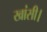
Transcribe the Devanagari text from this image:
खांसी।